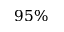
9 5 \%